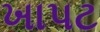
ખાપટ